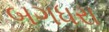
બગધરા